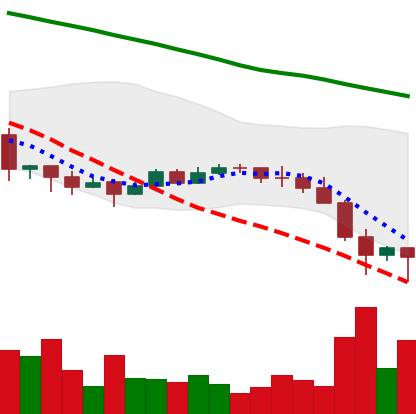
Ticker: EOS-USD
Chart end date: 2022-01-24
Forward return: 6.183%
Label: up_5_7